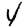
Digit: 4